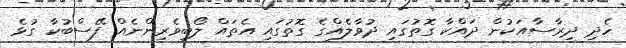
ހެދި ދިރާސާއަކުން ދައްކާ ގޮތުގައި ދުވާލެއްގެ ގޮތުގައި އެތައް ލޯބިވެރިންނެއް ފޭސްބުކާ ގުޅެ